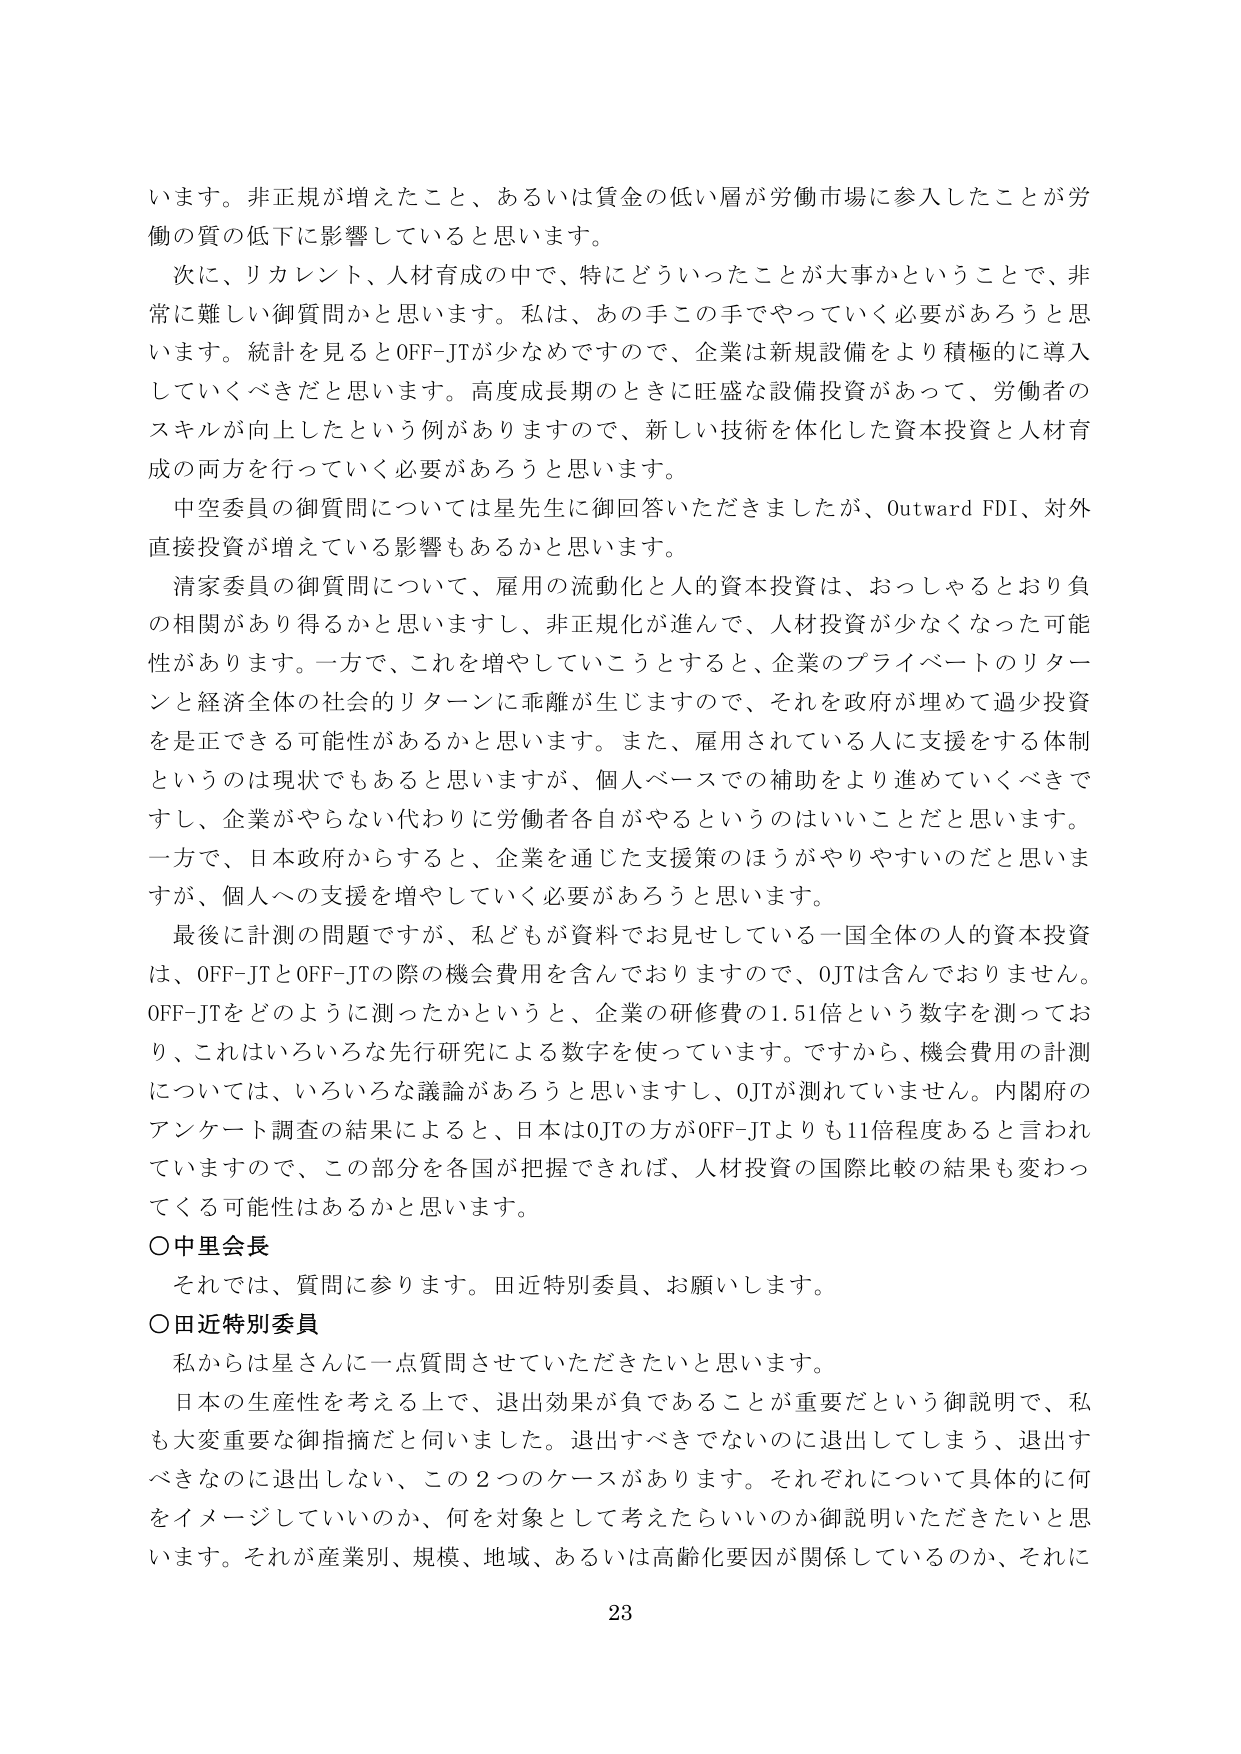
います。非正規が増えたこと、あるいは賃金の低い層が労働市場に参入したことが労働の質の低下に影響していると思います。

次に、リカレント、人材育成の中で、特にどういったことが大事かということで、非常に難しい御質問かと思います。私は、あの手この手でやっていく必要があるろうと思います。統計を見るとOFF-JTが少なめですので、企業は新規設備をより積極的に導入していくべきだと思います。高度成長期のときに旺盛な設備投資があって、労働者のスキルが向上したという例がありますので、新しい技術を体化した資本投資と人材育成の両方を行っていく必要があるろうと思います。

中空委員の御質問については星先生に御回答いただきましたが、Outward FDI、対外直接投資が増えている影響もあるかと思います。

清家委員の御質問について、雇用の流動化と人的資本投資は、おっしゃるとおり負の相関があり得るかと思いますし、非正規化が進んで、人材投資が少なくなった可能性があります。一方で、これを増やしていこうとすると、企業のプライベートのリターンと経済全体の社会的リターンに乖離が生じますので、それを政府が埋めて過少投資を是正できる可能性があるかと思います。また、雇用されている人に支援をする体制というのは現状でもあると思いますが、個人ベースでの補助をより進めていくべきですし、企業がやらない代わりに労働者各自がやるというのはいいことだと思います。一方で、日本政府からすると、企業を通じた支援策のほうがやりやすいのだと思いますが、個人への支援を増やしていく必要があるろうと思います。

最後に計測の問題ですが、私どもが資料でお見せしている一国全体の人的資本投資は、OFF-JTとOFF-JTの際の機会費用を含んでおりますので、OJTは含んでおりません。OFF-JTをどのように測ったかというと、企業の研修費の1.51倍という数字を測っており、これはいろいろな先行研究による数字を使っています。ですから、機会費用の計測については、いろいろな議論があるろうと思いますし、OJTが測れていません。内閣府のアンケート調査の結果によると、日本はOJTの方がOFF-JTよりも11倍程度あると言われていますので、この部分を各国が把握できれば、人材投資の国際比較の結果も変わってくる可能性はあるかと思います。

○中里会長
それでは、質問に参ります。田近特別委員、お願いします。

○田近特別委員
私からは星さんに一点質問させていただきたいと思います。

日本の生産性を考える上で、退出効果が負であることが重要だという御説明で、私も大変重要な御指摘だと伺いました。退出すべきでないのに退出してしまう、退出すべきなのに退出しない、この2つのケースがあります。それぞれについて具体的に何をイメージしていいのか、何を対象として考えたらいいのか御説明いただきたいと思います。それが産業別、規模、地域、あるいは高齢化要因が関係しているのか、それに

23